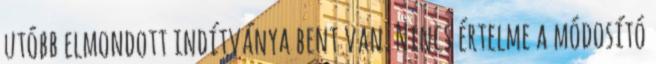
utóbb elmondott indítványa bent van. Nincs értelme a módosító